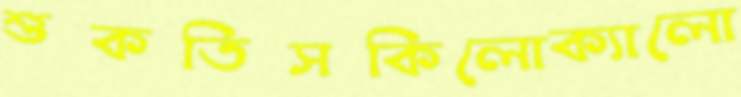
শুকতিসকিলোক্যালো